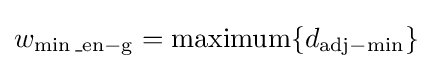
w_{\min {\rm {\_en-g}}}=\operatorname {maximum} \{d_{\mathrm {adj-\min } }\}